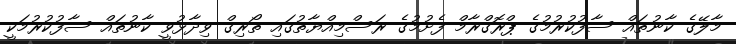
މާލޭގެ ކާނުތައް ސާފުކުރުމުގެ ޕްރޮގްރާމް ފެށުމުގެ ރަސްމިއްޔާތުގައި ތޯރިގް ވިދާޅުވީ ކާނުތައް ސާފުކުރުމަކީ